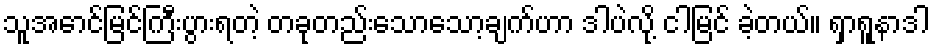
သူအောင်မြင်ကြီးပွားရတဲ့ တခုတည်းသောသော့ချက်ဟာ ဒါပဲလို့ ငါမြင် ခဲ့တယ်။ ရှာရူနာဒါ